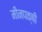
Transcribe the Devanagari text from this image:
मीनपक्षी